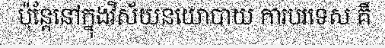
ប៉ុន្តែនៅក្នុងវិស័យនយោបាយ ការបរទេស គឺ